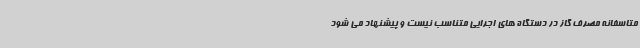
متاسفانه مصرف گاز در دستگاه های اجرایی متناسب نیست و پیشنهاد می شود